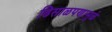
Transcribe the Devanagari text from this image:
ढिसाळपणामुळे